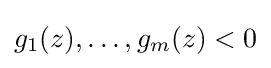
g_{1}(z),\ldots ,g_{m}(z)<0